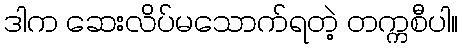
ဒါက ဆေးလိပ်မသောက်ရတဲ့ တက္ကစီပါ။